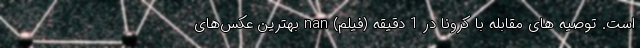
است. توصیه های مقابله با کرونا در 1 دقیقه (فیلم) nan بهترین عکس‌های